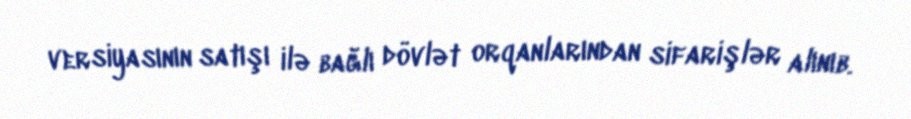
versiyasının satışı ilə bağlı dövlət orqanlarından sifarişlər alınıb.